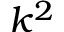
k ^ { 2 }